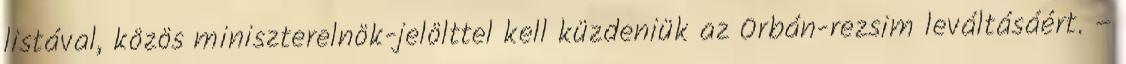
listával, közös miniszterelnök-jelölttel kell küzdeniük az Orbán-rezsim leváltásáért. –